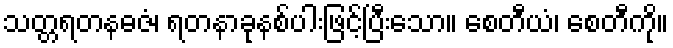
သတ္တရတနဓဇံ၊ ရတနာခုနစ်ပါးဖြင့်ပြီးသော။ စေတီယံ၊ စေတီကို။